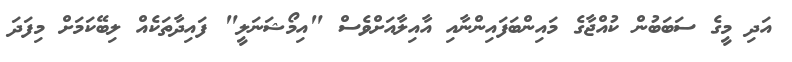
އަދި މީގެ ސަބަބުން ކުއްޖާގެ މައިންބަފައިންނާއި އާއިލާއަށްވެސް "އިމޯޝަނަލީ" ފައިދާތަކެއް ލިބޭކަމަށް މިފަދަ